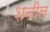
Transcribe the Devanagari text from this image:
शनील